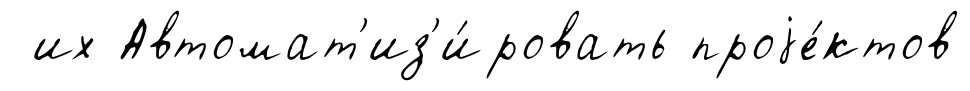
их Автомат'из'и́ровать проjе́ктов